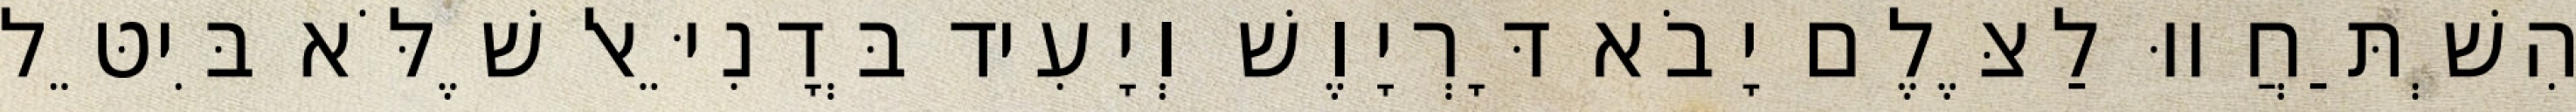
הִשְׁתַּחֲווּ לַצֶּלֶם יָבֹא דָּרְיָוֶשׁ וְיָעִיד בְּדָנִיֵּאל שֶׁלֹּא בִּיטֵּל